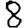
Digit: 8